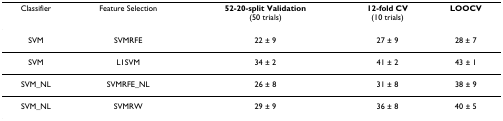
<table><thead><tr><td><b>Classifier</b></td><td><b>Feature Selection</b></td><td><b>52-20-split Validation(50 trials)</b></td><td><b>12-fold CV(10 trials)</b></td><td><b>LOOCV</b></td></tr></thead><tbody><tr><td>SVM</td><td>SVMRFE</td><td>22 ± 9</td><td>27 ± 9</td><td>28 ± 7</td></tr><tr><td>SVM</td><td>L1SVM</td><td>34 ± 2</td><td>41 ± 2</td><td>43 ± 1</td></tr><tr><td>SVM_NL</td><td>SVMRFE_NL</td><td>26 ± 8</td><td>31 ± 8</td><td>38 ± 9</td></tr><tr><td>SVM_NL</td><td>SVMRW</td><td>29 ± 9</td><td>36 ± 8</td><td>40 ± 5</td></tr></tbody></table>